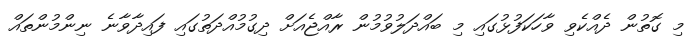
މި ގޮތުން ދެއްކެވި ވާހަކަފުޅުގައި މި ބައްދަލުވުމުން ރާއްޖެއަށް ދިގުމުއްދަތުގައި ފައިދާވާނެ ނިންމުންތައް